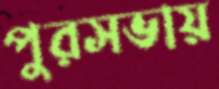
পুরসভায়